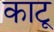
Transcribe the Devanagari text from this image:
काटू